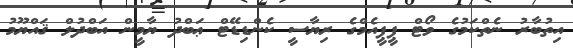
އިތުބާރު ނެތްކަމުގެ ވޯޓް ޕީޕީއެމްގެ ރިޔާސީ ކެންޑިޑޭޓް ޢަބްދު ޔާމީން އަބްދުލް ޤައްޔޫމު